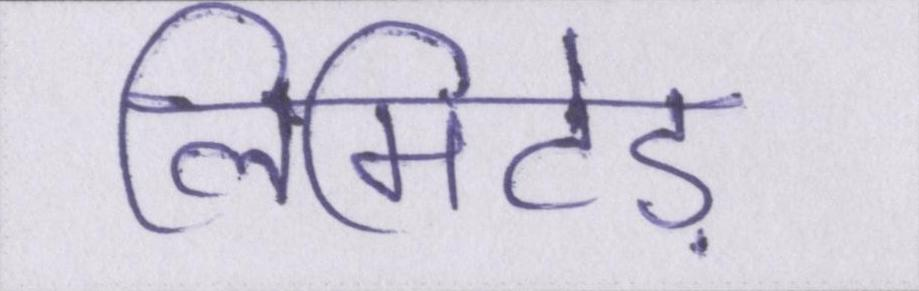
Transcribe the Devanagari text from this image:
लिमिटेड